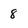
Character: 8